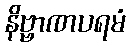
နိဗ္ဗာဏပရမံ